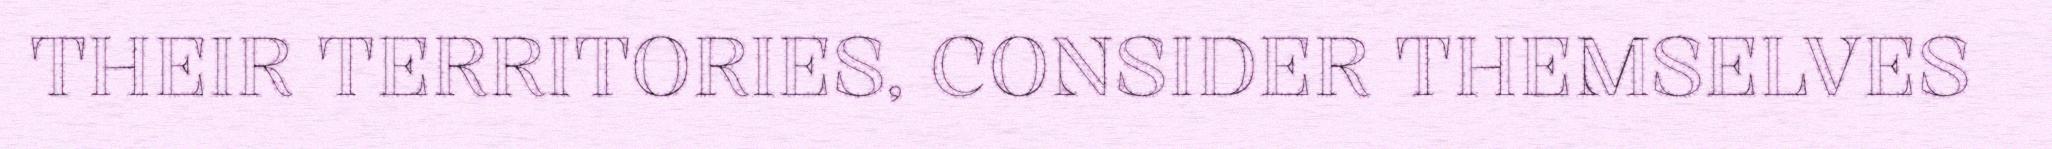
THEIR TERRITORIES, CONSIDER THEMSELVES